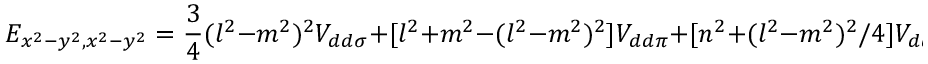
E _ { x ^ { 2 } - y ^ { 2 } , x ^ { 2 } - y ^ { 2 } } = { \frac { 3 } { 4 } } ( l ^ { 2 } - m ^ { 2 } ) ^ { 2 } V _ { d d \sigma } + [ l ^ { 2 } + m ^ { 2 } - ( l ^ { 2 } - m ^ { 2 } ) ^ { 2 } ] V _ { d d \pi } + [ n ^ { 2 } + ( l ^ { 2 } - m ^ { 2 } ) ^ { 2 } / 4 ] V _ { d d \delta }